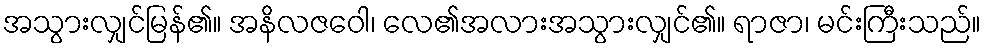
အသွားလျှင်မြန်၏။ အနိလဇဝေါ၊ လေ၏အလားအသွားလျှင်၏။ ရာဇာ၊ မင်းကြီးသည်။